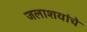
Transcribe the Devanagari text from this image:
जलाशयांचे